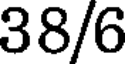
38/6